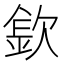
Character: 𣣽